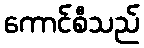
ကောင်စီသည်